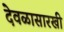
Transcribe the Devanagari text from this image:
देवळासारखी